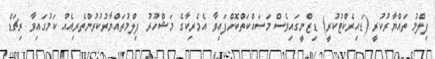
ފިލްމު ތައްޔާރުކުރީ (ޑައިރެކްޓުކުރީ) ޑިޒްނީގައިވެސް މަސައްކަތްކޮށްފައިވާ އެމެރިކާގެ މަޝްހޫރު ފިލްމުތައްޔާރުކުރުންތެރިއެއް ކަމުގައިވާ ރިޗަޑް